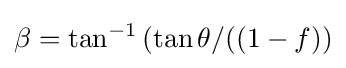
\beta =\tan ^{-1}\left(\tan \theta /((1-f)\right)